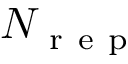
N _ { \mathrm { ~ r ~ e ~ p ~ } }